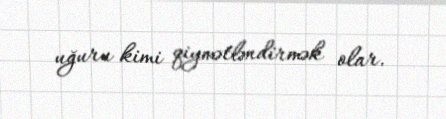
uğuru kimi qiymətləndirmək olar.